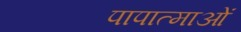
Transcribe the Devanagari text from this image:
पापात्माओं